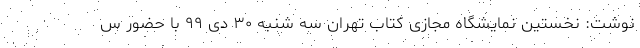
نوشت: نخستین نمایشگاه مجازی کتاب تهران سه شنبه ۳۰ دی ۹۹ با حضور س